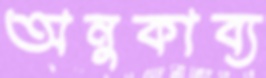
অনুকাব্য